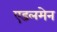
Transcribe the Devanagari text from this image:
एडलमेन